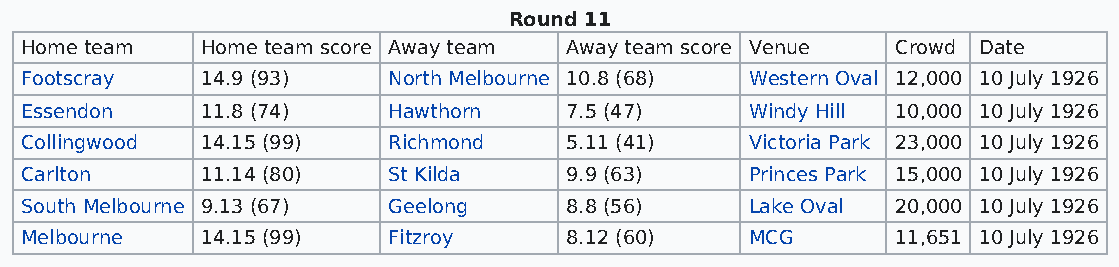
Round 11
 Home team   Home team score Away team Away team score Venue Crowd Date
 Footscray   14.9 (93)    North Melbourne 10.8 (68) Western Oval 12,000 10 July 1926
 Essendon    11.8 (74)    Hawthorn   7.5 (47)     Windy Hill 10,000 10 July 1926
 Collingwood 14.15 (99)   Richmond   5.11 (41)    Victoria Park 23,000 10 July 1926
 Carlton     11.14 (80)   St Kilda   9.9 (63)     Princes Park 15,000 10 July 1926
 South Melbourne 9.13 (67) Geelong   8.8 (56)     Lake Oval 20,000 10 July 1926
 Melbourne   14.15 (99)   Fitzroy    8.12 (60)    MCG      11,651 10 July 1926